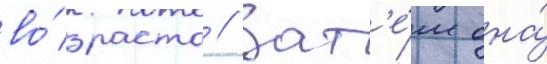
во́зраста // Зат'е́м она́